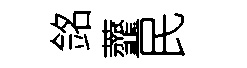
銘虀民